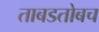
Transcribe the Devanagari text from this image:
ताबडतोबच